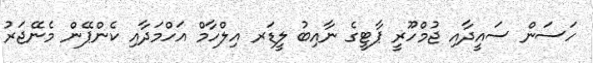
ހަސަން ސައީދާއި ޖުމްހޫރީ ޕާޓީގެ ނާއިބު ލީޑަރ އިލްހާމް އަހްމަދާއި ކެންޕޭން މެނޭޖަރު